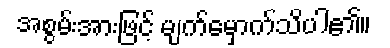
အစွမ်းအားဖြင့် မျက်မှောက်သိပါ၏။